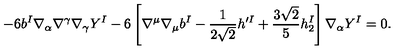
- 6 b ^ { I } \nabla _ { \alpha } \nabla ^ { \gamma } \nabla _ { \gamma } Y ^ { I } - 6 \left[ \nabla ^ { \mu } \nabla _ { \mu } b ^ { I } - \frac { 1 } { 2 \sqrt { 2 } } h ^ { \prime I } + \frac { 3 \sqrt { 2 } } { 5 } h _ { 2 } ^ { I } \right] \nabla _ { \alpha } Y ^ { I } = 0 .